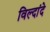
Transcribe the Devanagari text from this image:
विल्दांदे